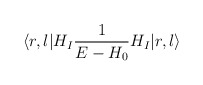
\begin{align*}\langle r, l | H_I {1\over E-H_0} H_I | r,l \rangle\end{align*}